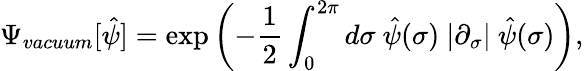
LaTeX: \Psi_{vacuum}[\hat{\psi}]=\exp\left(-{\frac 12}\int_{0}^{2\pi}d\sigma{}~\hat{\psi}(\sigma)~|\partial_{\sigma}|~\hat{\psi}(\sigma)\right),